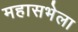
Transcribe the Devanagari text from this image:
महासभेला